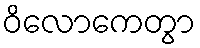
ဝိလောကေတွာ